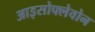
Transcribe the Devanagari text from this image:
आइसोफ्लेवोन